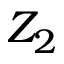
Z _ { 2 }